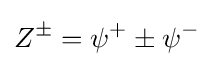
Z^{\pm }=\psi ^{+}\pm \psi ^{-}